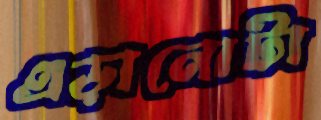
এড়ানোটা